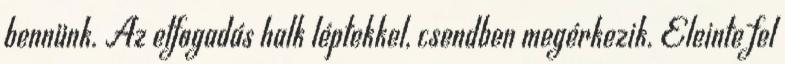
bennünk. Az elfogadás halk léptekkel, csendben megérkezik. Eleinte fel